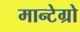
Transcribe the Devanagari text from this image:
मान्टेग्रो